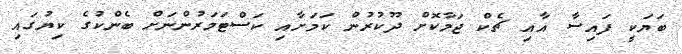
ބަޔަކީ ފައިސާ އާއި ޗެކް ޖަމާކޮށް ދޫކުރުން ކަމަށާއި ކަސްޓަމަރުންނަށް ބެންކުގެ ކިޔުގައި